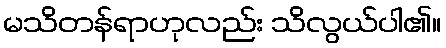
မသိတန်ရာဟုလည်း သိလွယ်ပါ၏။